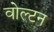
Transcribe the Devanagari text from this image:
वोल्टन